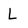
Character: L